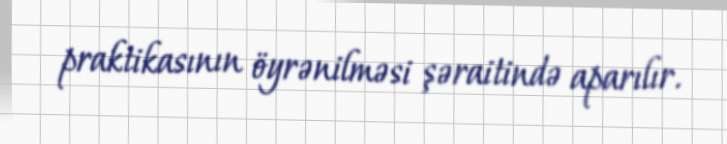
praktikasının öyrənilməsi şəraitində aparılır.